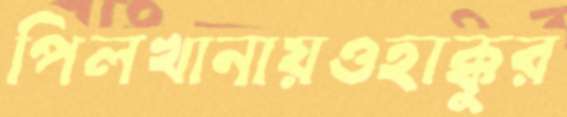
পিলখানায়ওহাক্কুর